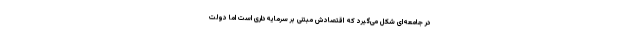
در جامعه‌ای شکل می‌گیرد که اقتصادش مبتنی بر سرمایه‌داری است اما دولت